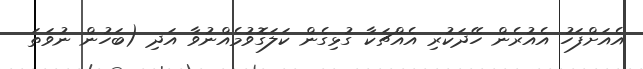
އެއަށްފަހު އެއުރެން ހޭދަކުރި އެއްޗަކާ ގުޅިގެން ކަލަގޮވުމެއްނުވާ އަދި (ބަހުން ނުވަތަ